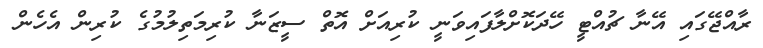
ރާއްޖޭގައި އޭނާ ޗުއްޓީ ހޭދަކޮށްލާފައިވަނީ ކުރިއަށް އޮތް ސީޒަނާ ކުރިމަތިލުމުގެ ކުރިން އެހެން